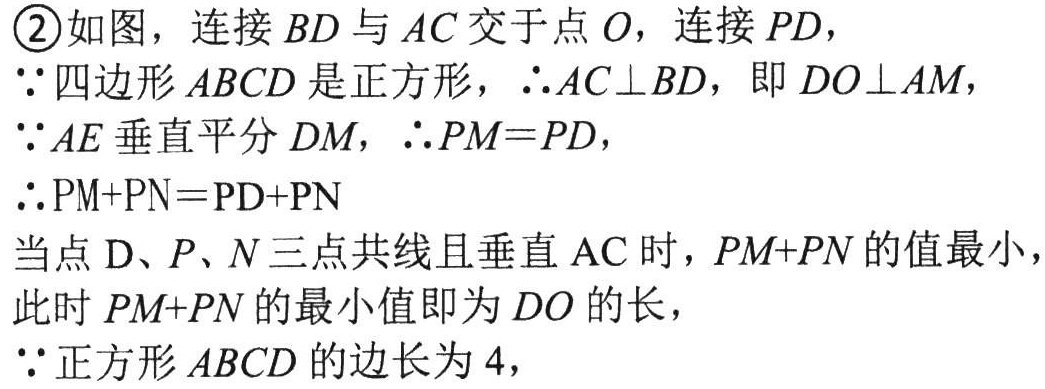
\textcircled{2}如图，连接 \(BD\) 与 \(AC\) 交于点 \(O\)，连接 \(PD\)，

\(\because\)四边形 \(ABCD\) 是正方形，\(\therefore AC\perp BD\)，即 \(DO\perp AM\)，

\(\because AE\) 垂直平分 \(DM\)，\(\therefore PM = PD\)，

\(\therefore \mathrm{PM}+\mathrm{PN}=\mathrm{PD}+\mathrm{PN}\)

当点 \(\mathrm{D}、\mathrm{P}、\mathrm{N}\) 三点共线且垂直 \(\mathrm{AC}\) 时，\(PM + PN\) 的值最小，

此时 \(PM + PN\) 的最小值即为 \(DO\) 的长，

\(\because\)正方形 \(ABCD\) 的边长为 \(4\)，